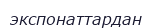
экспонаттардан